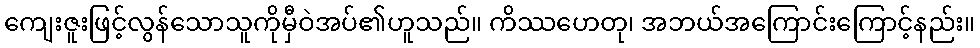
ကျေးဇူးဖြင့်လွန်သောသူကိုမှီဝဲအပ်၏ဟူသည်။ ကိဿဟေတု၊ အဘယ်အကြောင်းကြောင့်နည်း။